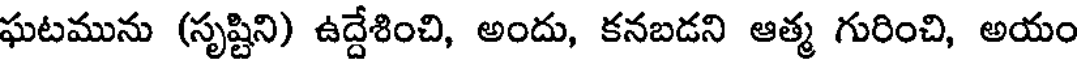
ఘటమును (సృష్టిని) ఉద్దేశించి, అందు, కనబడని ఆత్మ గురించి, అయం